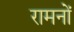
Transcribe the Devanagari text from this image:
रामनों